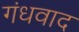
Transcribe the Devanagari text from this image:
गंधवाद